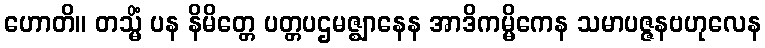
ဟောတိ။ တသ္မိံ ပန နိမိတ္တေ ပတ္တပဌမဇ္ဈာနေန အာဒိကမ္မိကေန သမာပဇ္ဇနဗဟုလေန